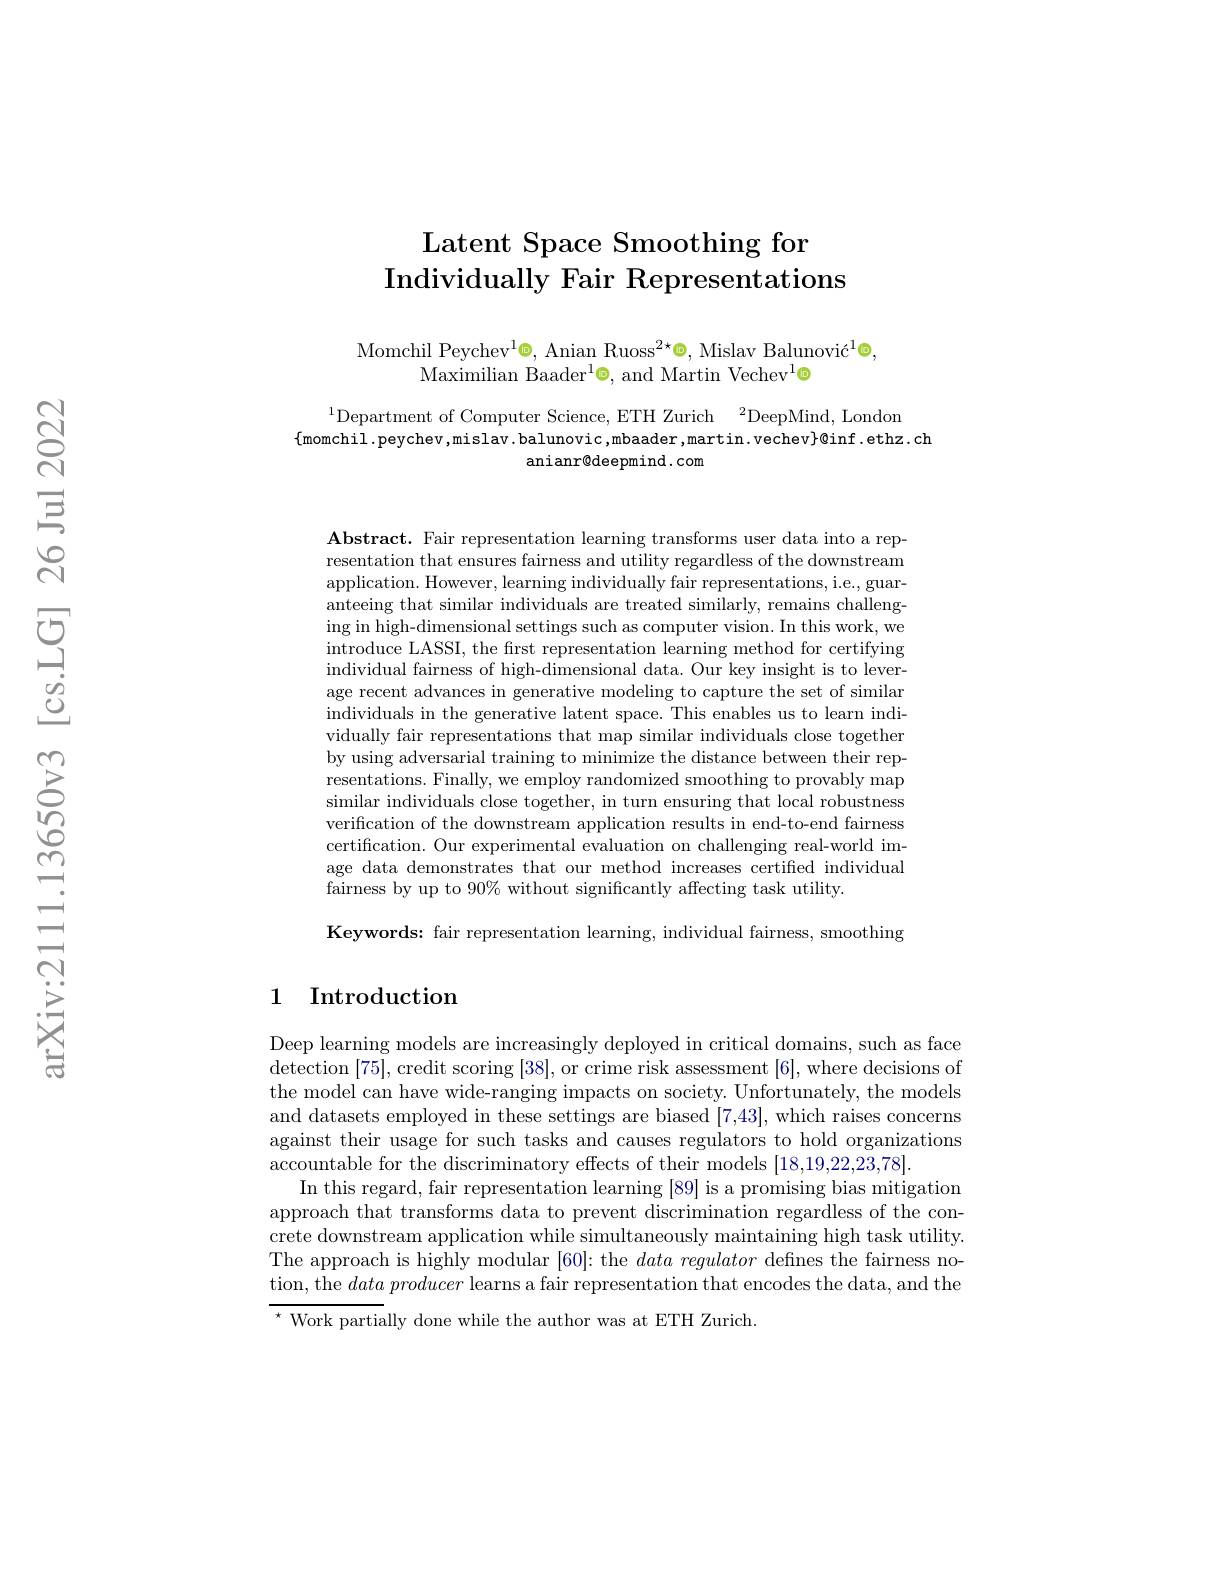
# Latent Space Smoothing for Individually Fair Representations

Momchil Peychev$^1$◉, Anian Ruoss$^2\star$◉, Mislav Balunović$^1$◉
$\mathrm{Maximilian~Baader}^{1}\textcircled{\mathrm{o}}$, and Martin Vechev$^1\textcircled{\mathrm{o}}$

$^{1}$Department of Computer Science, ETH Zurich$^2$DeepMind, London
$\{$momchil.peychev,mislav.balunovic,mbaader,martin.vechev$\}@$inf.ethz.ch
anianr$\textcircled{\mathrm{deepmind.com}}$

$\textbf{Abstract. Fair representation learning transforms user data into a rep- }$ resentation that ensures fairness and utility regardless of the downstream application. However, learning individually fair representations, i.e., guaranteeing that similar individuals are treated similarly, remains challenging in high-dimensional settings such as computer vision. In this work, we introduce LASSI, the first representation learning method for certifying individual fairness of high-dimensional data. Our key insight is to leverage recent advances in generative modeling to capture the set of similar individuals in the generative latent space. This enables us to learn individually fair representations that map similar individuals close together by using adversarial training to minimize the distance between their representations. Finally, we employ randomized smoothing to provably map similar individuals close together, in turn ensuring that local robustness verification of the downstream application results in end-to-end fairness certification. Our experimental evaluation on challenging real-world image data demonstrates that our method increases certified individual fairness by up to $90\%$ without significantly affecting task utility.

Keywords: fair representation learning, individual fairness, smoothing

## 1 Introduction

Deep learning models are increasingly deployed in critical domains, such as face detection [75],credit scoring [38],or crime risk assessment [6], where decisions of the model can have wide-ranging impacts on society. Unfortunately, the models and datasets employed in these settings are biased [7,43], which raises concerns against their usage for such tasks and causes regulators to hold organizations accountable for the discriminatory effects of their models [18,19,22,23,78].
In this regard, fair representation learning [89] is a promising bias mitigation approach that transforms data to prevent discrimination regardless of the concrete downstream application while simultaneously maintaining high task utility. The approach is highly modular [60]: the $data\textit{ regulator defines the fairness no- }$ tion, the $data\textit{producer learns a fair representation that encodes the data, and the}$ $^{\star}$ Work partially done while the author was at ETH Zurich.